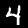
Label: 4